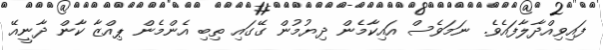
ފައިވިއްދާލާފައެވެ. ނަމަވެސް އައިކާމެން ދިޔުމުން ގޭގައި ތިބި އެންމެން ޕިއްޒާ ކާން ދާނީއޭ